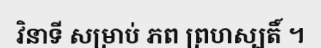
វិនាទី សម្រាប់ ភព ព្រហស្បតិ៍ ។